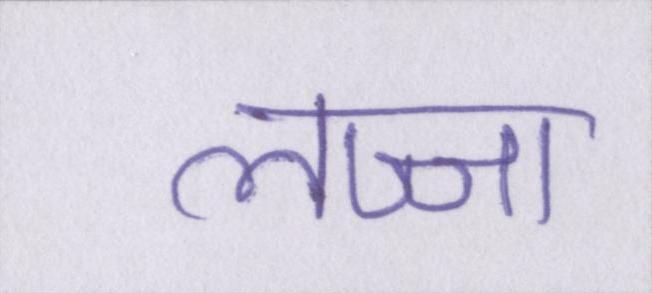
लज्जा